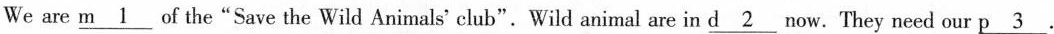
We are \underline{m1} of the"Save the Wild Animals' club".Wild animal are in \underline{d2} now.They need our \underline{p3} .